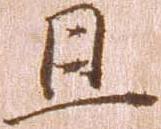
且